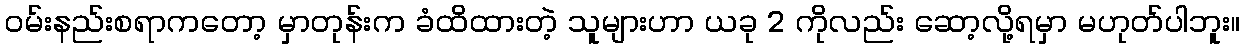
ဝမ်းနည်းစရာကတော့ မှာတုန်းက ခံထိထားတဲ့ သူများဟာ ယခု 2 ကိုလည်း ဆော့လို့ရမှာ မဟုတ်ပါဘူး။